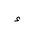
Letter: _hamza